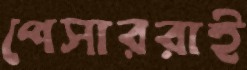
পেসাররাই